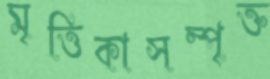
মৃত্তিকাসম্পৃক্ত